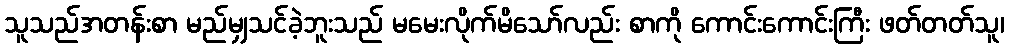
သူသည်အတန်းစာ မည်မျှသင်ခဲ့ဘူးသည် မမေးလိုက်မိသော်လည်း စာကို ကောင်းကောင်းကြီး ဖတ်တတ်သူ၊